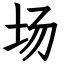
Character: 场